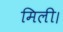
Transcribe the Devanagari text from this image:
मिली।